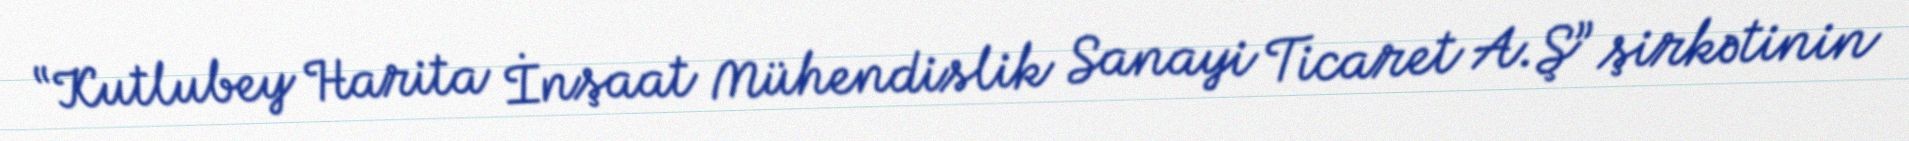
“Kutlubey Harita İnşaat Mühendislik Sanayi Ticaret A.Ş” şirkətinin